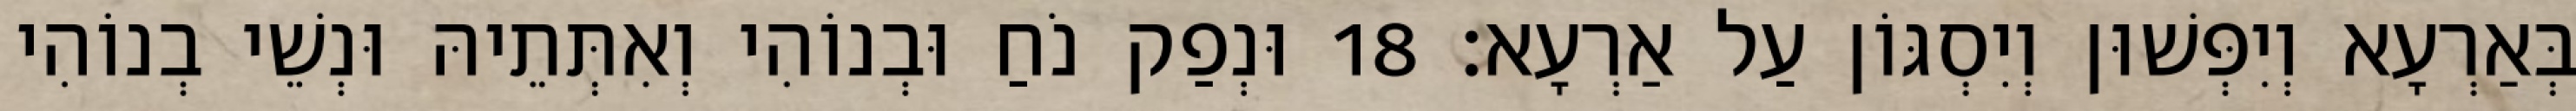
בְּאַרְעָא וְיִפְּשׁוּן וְיִסְגּוֹן עַל אַרְעָא׃ 18 וּנְפַק נֹחַ וּבְנוֹהִי וְאִתְּתֵיהּ וּנְשֵׁי בְנוֹהִי